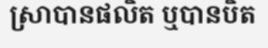
ស្រាបានផលិត ឬបានបិត